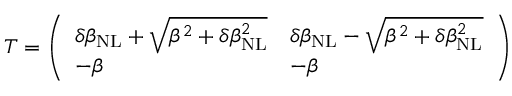
\begin{array} { r } { T = \left( \begin{array} { l l } { \delta \beta _ { \mathrm { N L } } + \sqrt { \beta ^ { 2 } + \delta \beta _ { \mathrm { N L } } ^ { 2 } } } & { \delta \beta _ { \mathrm { N L } } - \sqrt { \beta ^ { 2 } + \delta \beta _ { \mathrm { N L } } ^ { 2 } } } \\ { - \beta } & { - \beta } \end{array} \right) } \end{array}